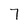
Character: 7